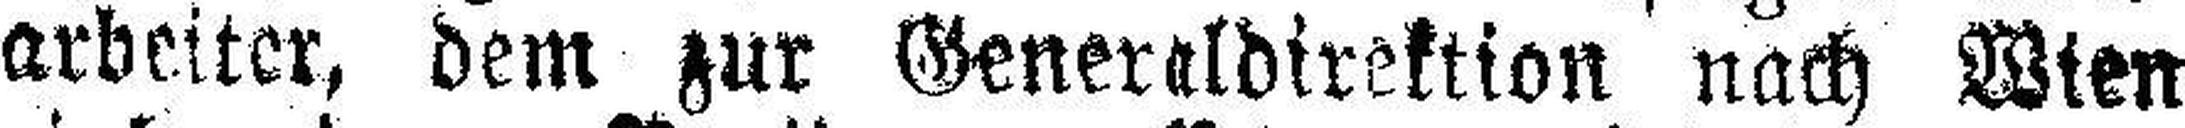
arbeiter, dem zur Generaldirektion nach Wien